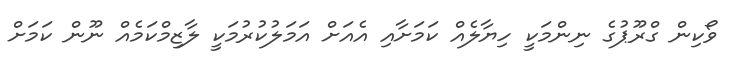
ވޯކިން ގްރޫޕުގެ ނިންމަކީ ހިޔާލެއް ކަމަށާއި އެއަށް އަމަލުކުރުމަކީ ލާޒިމްކަމެއް ނޫން ކަމަށް